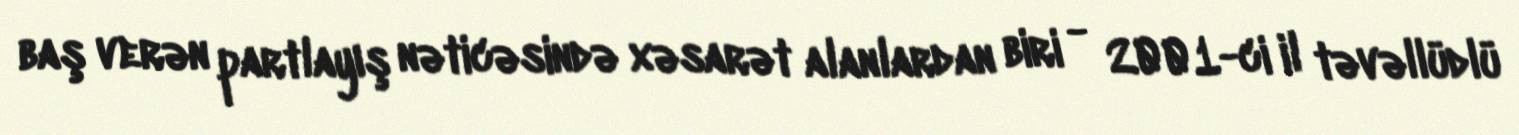
baş verən partlayış nəticəsində xəsarət alanlardan biri - 2001-ci il təvəllüdlü